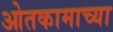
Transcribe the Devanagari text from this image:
ओतकामाच्या